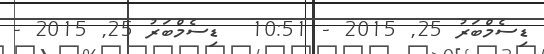
ޑިސެމްބަރު 25